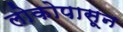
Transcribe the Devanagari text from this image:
लोकोपासून